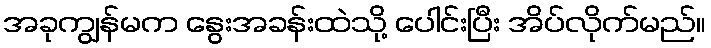
အခုကျွန်မက နွေးအခန်းထဲသို့ ပေါင်းပြီး အိပ်လိုက်မည်။